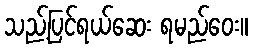
သည့်ပြင်ရယ်ဆေး ရမည်ဝေး။